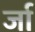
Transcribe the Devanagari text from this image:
र्जा